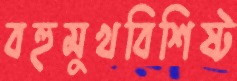
বহুমুখবিশিষ্ট